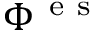
\Phi ^ { \mathrm { ~ e ~ s ~ } }